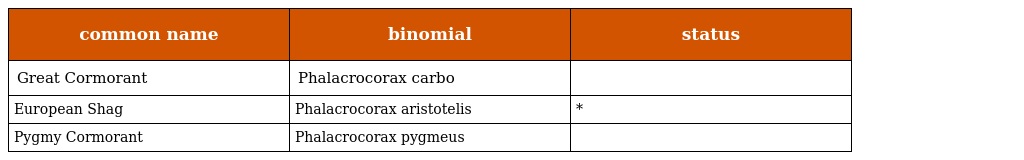
| common name | binomial | status |
 | --- | --- | --- |
 | Great Cormorant | Phalacrocorax carbo |  |
 | European Shag | Phalacrocorax aristotelis | * |
 | Pygmy Cormorant | Phalacrocorax pygmeus |  |